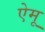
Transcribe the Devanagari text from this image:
ऐमू